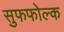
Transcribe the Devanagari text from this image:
सुफफोल्क